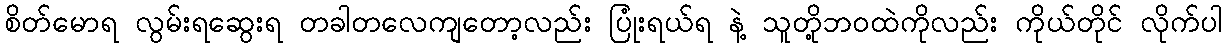
စိတ်မောရ လွမ်းရဆွေးရ တခါတလေကျတော့လည်း ပြုံးရယ်ရ နဲ့ သူတို့ဘဝထဲကိုလည်း ကိုယ်တိုင် လိုက်ပါ